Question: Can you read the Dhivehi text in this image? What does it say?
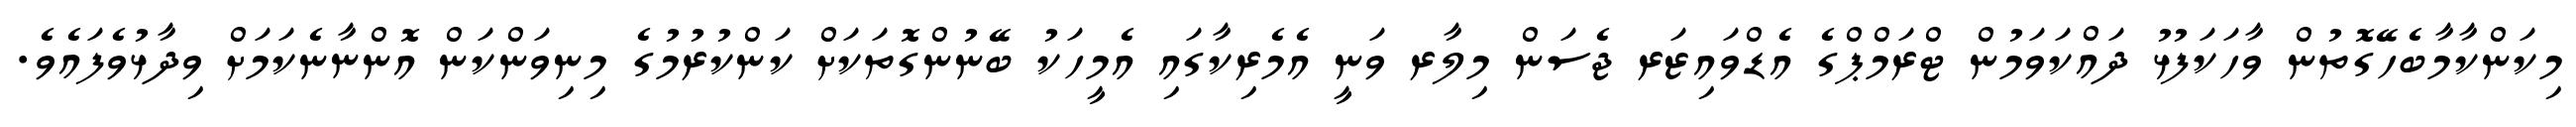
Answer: މިކަންކާމާބެހޭގޮތުން ވާހަކަފުޅު ދައްކަވަމުން ޓްރަމްޕްގެ އެޑްވައިޒަރ ޖެސަން މިލާރ ވަނީ އެމެރިކާގައި އެމީހަކު ބޭނުންގޮތަކަށް ކަންކުރުމުގެ މިނިވަންކަން އޮންނާނެކަމަށް ވިދާޅުވެފައެވެ.